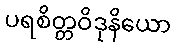
ပရစိတ္တဝိဒုနိယော